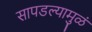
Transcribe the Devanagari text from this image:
सापडल्यामुळं